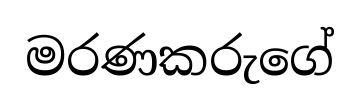
මරණකරුගේ